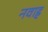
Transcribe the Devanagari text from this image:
नवाह्न